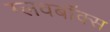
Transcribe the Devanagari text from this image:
ग्लवबॉक्स